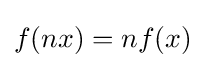
f(nx)=nf(x)